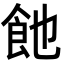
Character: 𩚉